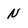
Character: N